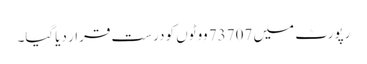
رپورٹ میں 73707 ووٹوں کو درست قرار دیاگیا۔